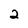
Character: 2